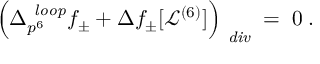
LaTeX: \Big ( \Delta _ { p ^ { 6 } } ^ { \mathrm { \it ~ l o o p } } f _ { \pm } + \Delta f _ { \pm } [ \mathcal { L } ^ { ( 6 ) } ] \Big ) _ { \mathrm { \it ~ d i v } } \; = \; 0 \: .